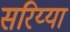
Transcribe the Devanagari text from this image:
सरिय्या